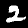
Digit: 2